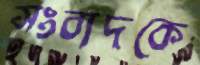
সংবাদকে